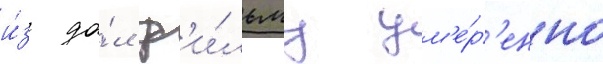
и́з да́л ф'и́льму ум'е́р'енно